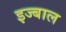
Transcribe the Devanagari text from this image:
इज्बाल